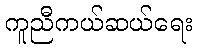
ကူညီကယ်ဆယ်ရေး